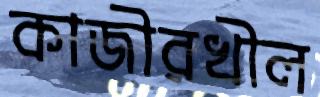
কাজীরখীল